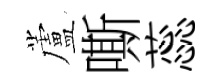
蘆嘶蕊